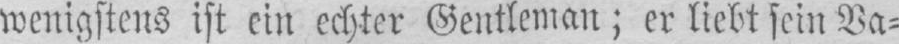
wenigstens ist ein echter Gentleman; er liebt sein Va⸗